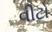
વીટો